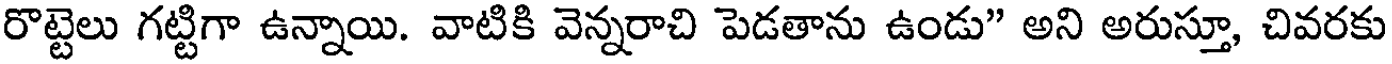
రొట్టెలు గట్టిగా ఉన్నాయి. వాటికి వెన్నరాచి పెడతాను ఉండు" అని అరుస్తూ, చివరకు